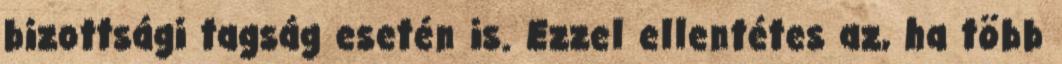
bizottsági tagság esetén is. Ezzel ellentétes az, ha több